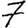
Digit: 7